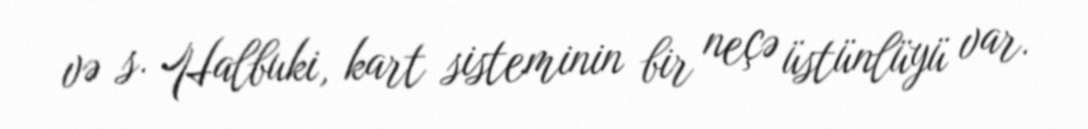
və s. Halbuki, kart sisteminin bir neçə üstünlüyü var.